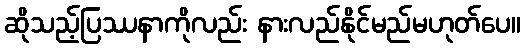
ဆိုသည့်ပြဿနာကိုလည်း နားလည်နိုင်မည်မဟုတ်ပေ။